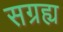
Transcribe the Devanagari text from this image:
सग्रह्य